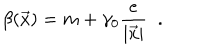
\beta ( \vec { x } ) = m + \gamma _ { 0 } \frac { e } { | \vec { x } | } \; \; .